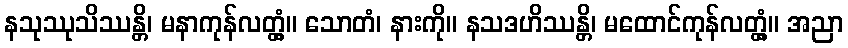
နသုဿုသိဿန္တိ၊ မနာကုန်လတ္တံ့။ သောတံ၊ နားကို။ နသဒဟိဿန္တိ၊ မထောင်ကုန်လတ္တံ့။ အညာ